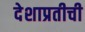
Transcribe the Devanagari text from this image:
देशाप्रतीची